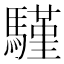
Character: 騹